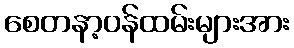
စေတနာ့ဝန်ထမ်းများအား